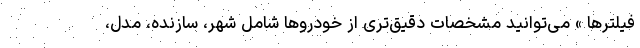
فیلترها » می‌توانید مشخصات دقیق‌تری از خودروها شامل شهر، سازنده، مدل،